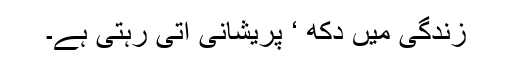
زندگی میں دکھ ‘ پریشانی آتی رہتی ہے۔